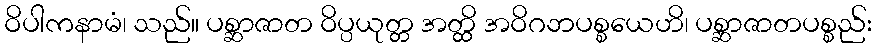
ဝိပါကနာမံ၊ သည်။ ပစ္ဆာဇာတ ဝိပ္ပယုတ္တ အတ္ထိ အဝိဂဘပစ္စယေဟိ၊ ပစ္ဆာဇာတပစ္စည်း